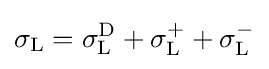
\sigma _{\text{L}}=\sigma _{\text{L}}^{\text{D}}+\sigma _{\text{L}}^{+}+\sigma _{\text{L}}^{-}